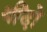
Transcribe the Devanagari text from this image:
थींदो